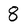
Character: 8